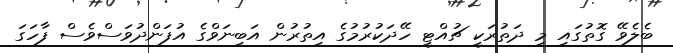
ބެލެވޭ ގޮތުގައި މި ދަތުރަކީ ޗުއްޓީ ހޭދަކުރުމުގެ އިތުރުން އަބިނަވްގެ އުފަންދުވަސްވެސް ފާހަގަ